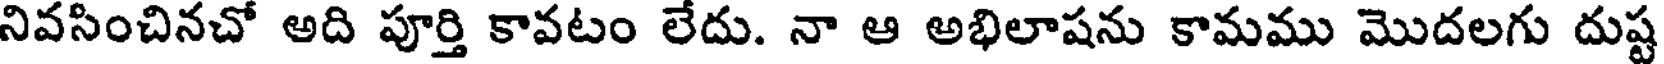
నివసించినచో అది పూర్తి కావటం లేదు. నా ఆ అభిలాషను కామము మొదలగు దుష్ట